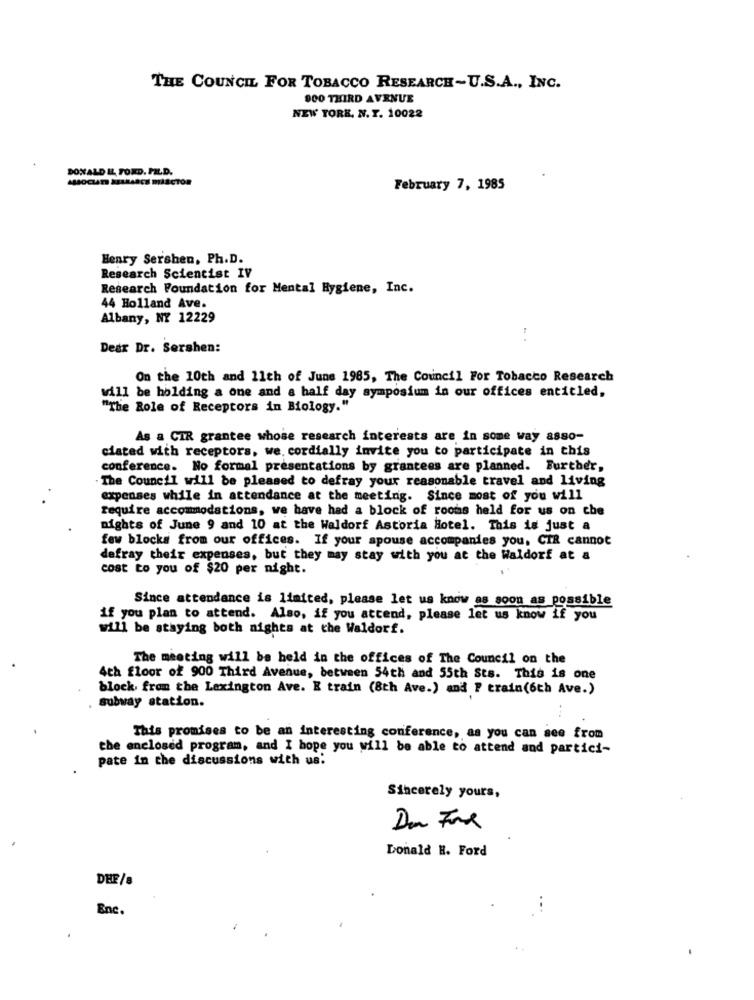
THE COUNCIL FOR TOBACCO RESEARCH-U.S.A ., INC.
900 THIRD AVENUE
NEW YORK, N.T. 10022
DONALD EL. FORD, PIL.D.
February 7, 1985
Henry Sershen, Ph.D.
Research Scientist IV
Research Foundation for Mental Hygiene, Inc.
44 Holland Ave.
Albany, NY 12229
Dear Dr. Sershen:
On the 10th and 11th of June 1985, The Council For Tobacco Research
will be holding a one and a half day symposium in our offices entitled,
"The Role of Receptors in Biology."
As a CIR grantee whose research interests are in some way asso-
ciated with receptors, we. cordially invite you to participate in this
conference. No formal presentations by grantees are planned. Further,
The Council will be pleased to defray your reasonable travel and living
expenses while in attendance at the meeting. Since most of you will
require accommodations, we have had a block of rooms held for us on che
nights of June 9 and 10 at the Waldorf Astoria Hotel. This is just a
few blocks from our offices. If your spouse accompanies you, CIR cannot
defray their expenses, but they may stay with you at the Waldorf at a
cost to you of $20 per night.
Since attendance is limited, please let us know as soon as possible
if you plan to attend. Also, if you attend, please let us know if you
will be staying both nights at the Waldorf.
The meeting will be held in the offices of The Council on the
4th floor of 900 Third Avenue, between 54th and 55th Sts. This is one
block from the Lexington Ave. E train (8th Ave.) and P train(6th Ave.)
subway station.
This promises to be an interesting conference, as you can see from
the enclosed program, and I hope you will be able to attend and partici-
pate in the discussions with us.
Sincerely yours,
Donald H. Ford
DEE/8
Enc.